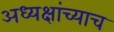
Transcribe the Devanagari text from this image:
अध्यक्षांच्याच